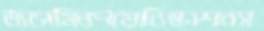
জাসমিনপয়োনিষ্কাশনস